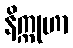
နိက္ကုဟာ